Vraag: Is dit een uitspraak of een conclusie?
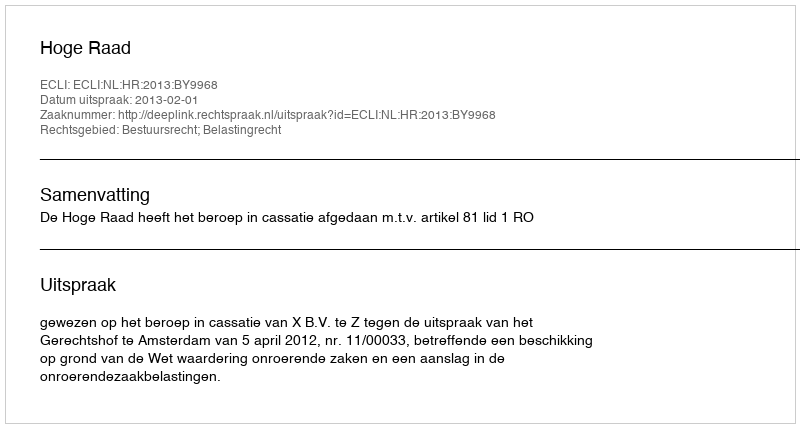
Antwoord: Uitspraak